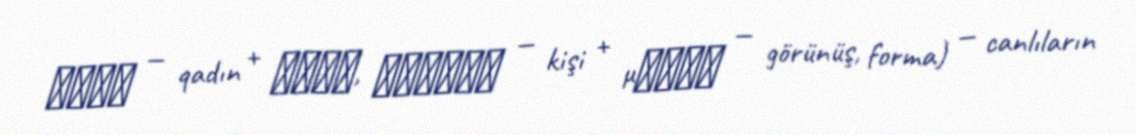
γυνή — qadın + ἀνήρ, ἀνδρός — kişi + μορφή — görünüş, forma) — canlıların